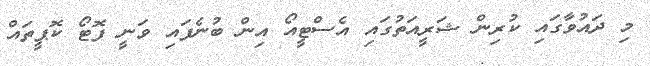
މި ދައުވާގައި ކުރިން ޝަރީއަތުގައި އެސްޓީއޯ އިން ބުނެފައި ވަނީ ފޮޓޯ ކޮޕީތައް